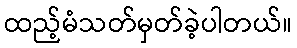
ထည့်မံသတ်မှတ်ခဲ့ပါတယ်။